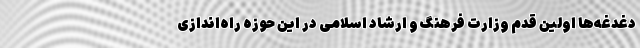
دغدغه‌ها اولین قدم وزارت فرهنگ و ارشاد اسلامی در این حوزه راه‌اندازی